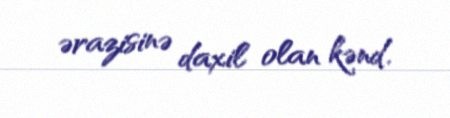
ərazisinə daxil olan kənd.